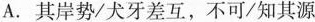
A.其岸势/犬牙差互，不可/知其源